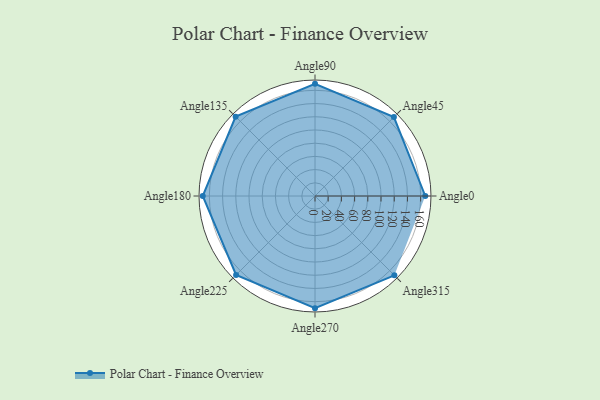
{"axis": {"x": "Angle", "y": "Radius"}, "legend": [""], "data": [{"x": "Angle0", "y": 167.0, "type": ""}, {"x": "Angle45", "y": 169.0, "type": ""}, {"x": "Angle90", "y": 170, "type": ""}, {"x": "Angle135", "y": 170.0, "type": ""}, {"x": "Angle180", "y": 170, "type": ""}, {"x": "Angle225", "y": 169.0, "type": ""}, {"x": "Angle270", "y": 170, "type": ""}, {"x": "Angle315", "y": 170, "type": ""}]}